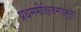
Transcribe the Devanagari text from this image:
प्रथममीक्षितमञ्जुमूर्तेः